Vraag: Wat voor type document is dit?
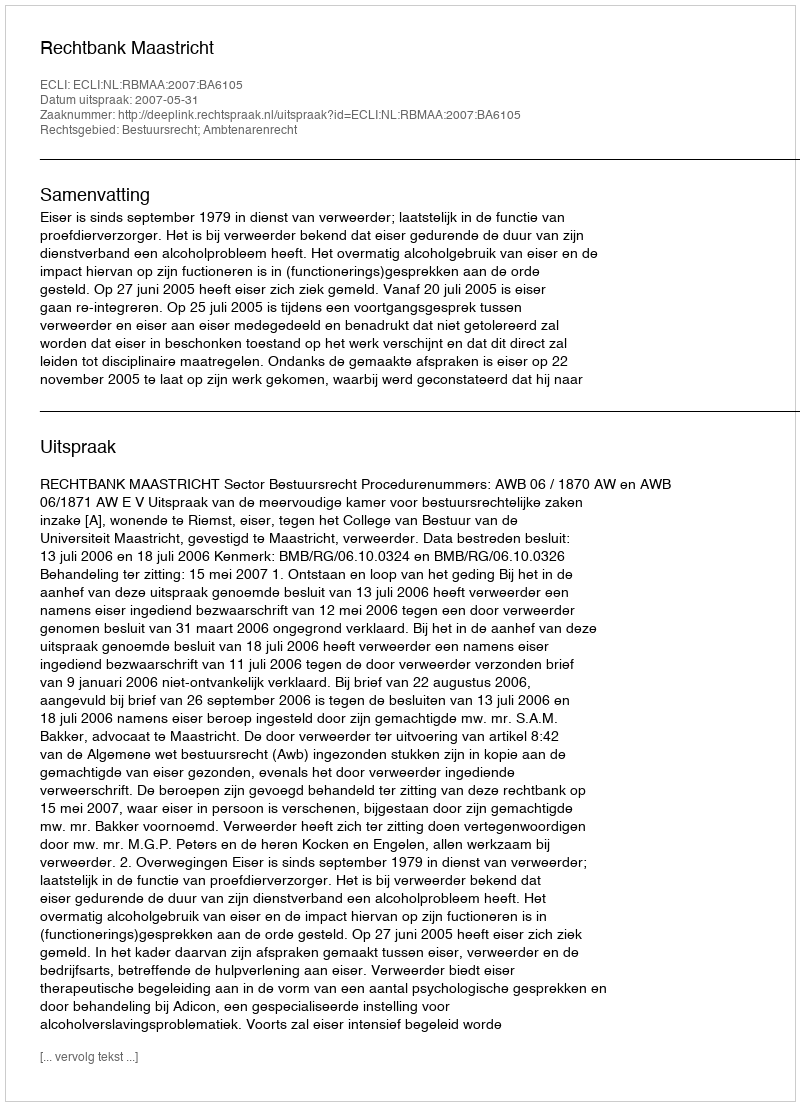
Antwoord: Uitspraak